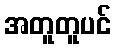
အတူတူပင်